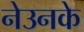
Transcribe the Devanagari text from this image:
नेउनके